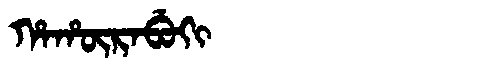
Manchu: ᡥᠠᡥᡡᡵᠠᠪᡠᡴᡳ
Romanization: HAHŪRABUKI